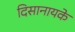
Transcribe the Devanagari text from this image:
दिसानायके